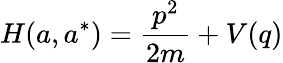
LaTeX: H(a,a^{*})={\frac{p^{2}}{2m}}+V(q)